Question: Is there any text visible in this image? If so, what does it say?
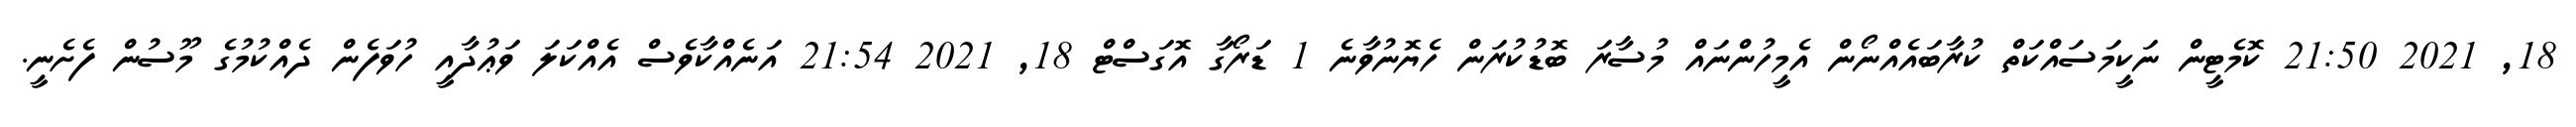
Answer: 18, 2021 21:50 ކޮމެޓީން ނަކީމަސައްކަތް ކުރާބައެއްނޯން އެމީހުންނައް މުސާރަ ބޮޑުކުރަން ހެޔޮނުވާނެ 1 ޑަރޯގާ އޮގަސްޓް 18, 2021 21:54 އަނެއްކާވެސް އެއްކަލަ ވަޢުދާއީ ހުވަފެން ދެއްކުމުގެ މޫސުން ފެށެނީ.